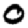
Digit: 0